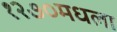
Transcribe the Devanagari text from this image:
१२७०मधला